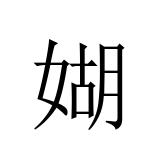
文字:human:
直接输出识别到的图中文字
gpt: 媩